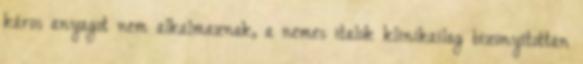
káros anyagot nem alkalmaznak, a nemes italok klinikailag bizonyítottan